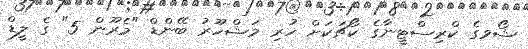
ޝޯވގެ ކްރިސްޓީނާގެ ކޯޗަކަށް ހުރި މަޝްހޫރު ބޭންޑް "މެރޫން 5" ގެ ލީޑް